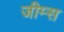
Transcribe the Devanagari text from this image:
जीम्स